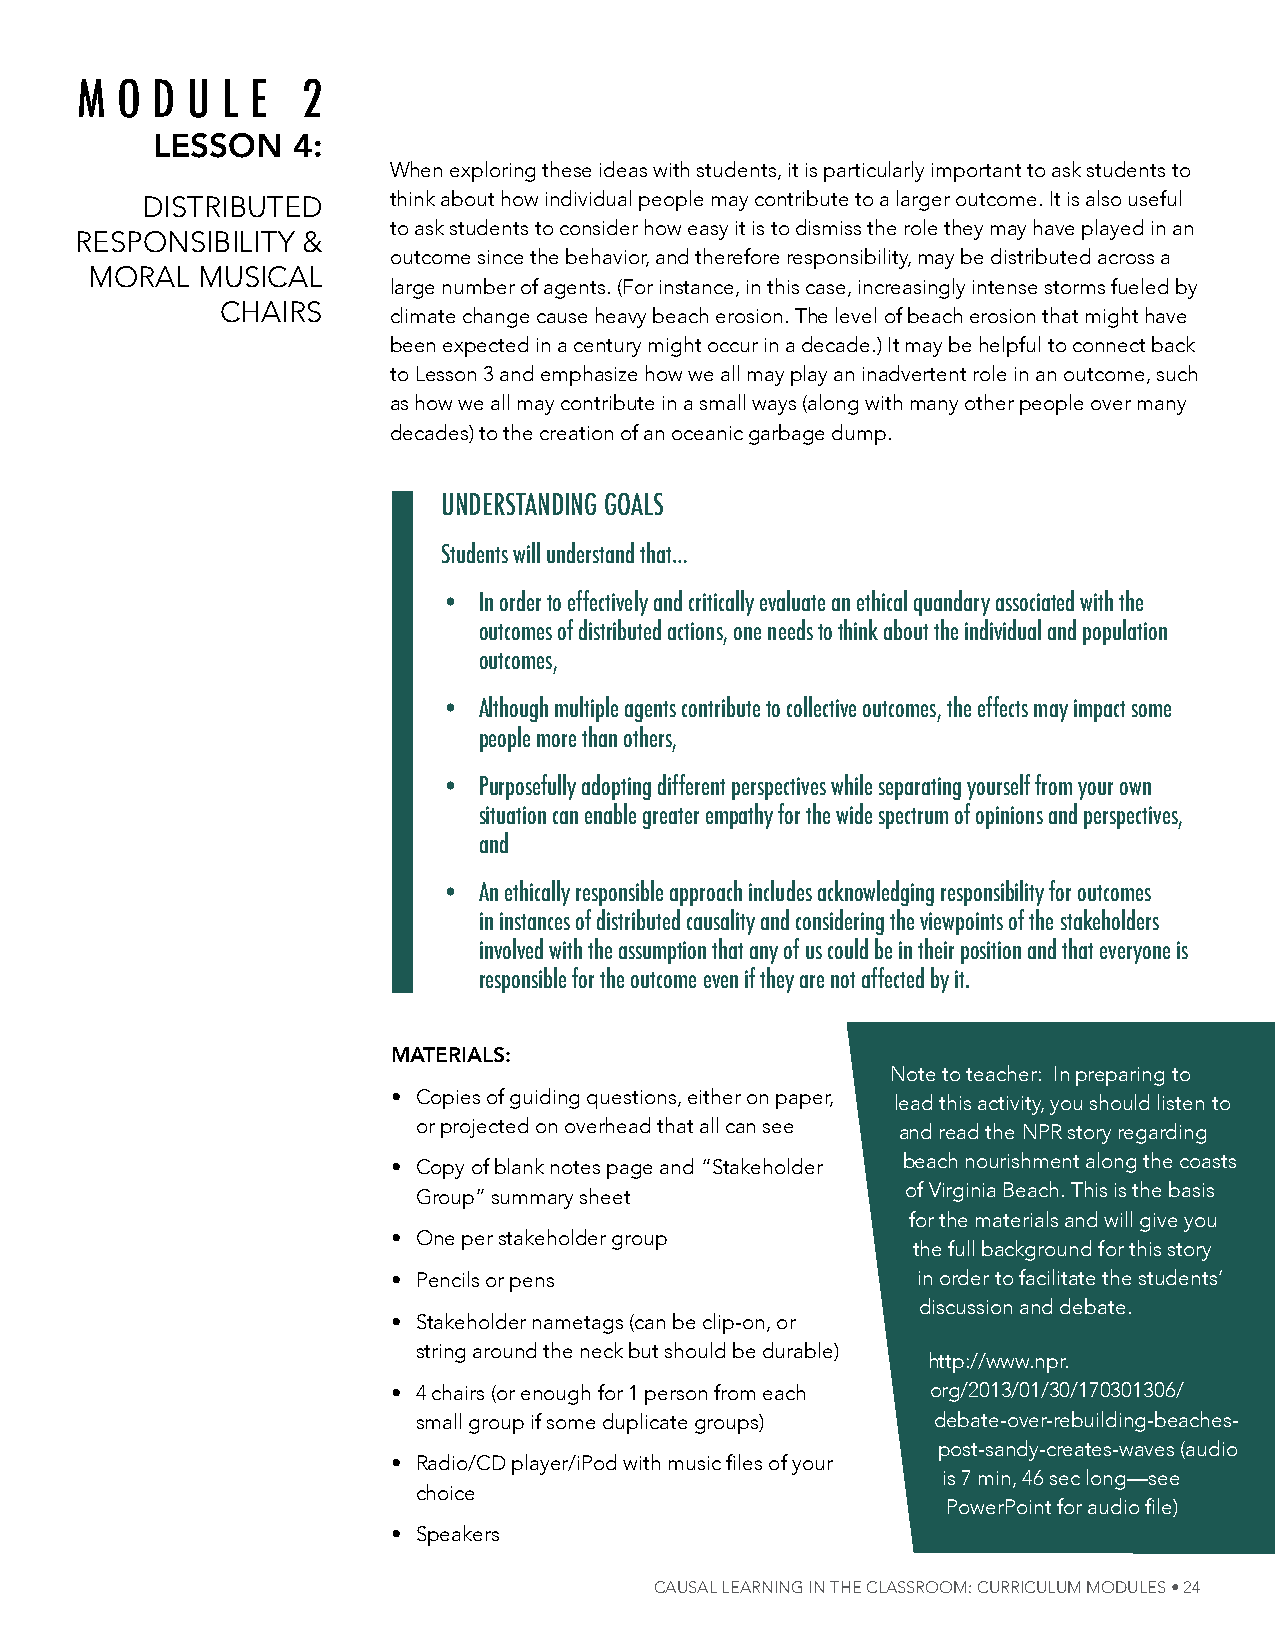
M  O D U  L E  2
 lesson   4:
 When exploring these ideas with students, it is particularly important to ask students to
 distriButed      think about how individual people may contribute to a larger outcome. it is also useful
 to ask students to consider how easy it is to dismiss the role they may have played in an
 responsiBility &
 outcome since the behavior, and therefore responsibility, may be distributed across a
 moral  musiCal
 large number of agents. (For instance, in this case, increasingly intense storms fueled by
 Chairs
 climate change cause heavy beach erosion. the level of beach erosion that might have
 been expected in a century might occur in a decade.) it may be helpful to connect back
 to lesson 3 and emphasize how we all may play an inadvertent role in an outcome, such
 as how we all may contribute in a small ways (along with many other people over many
 decades) to the creation of an oceanic garbage dump.
 UnDErstAnDing gOALs
 students will understand that…
 •  in order to effectively and critically evaluate an ethical quandary associated with the
 outcomes of distributed actions, one needs to think about the individual and population
 outcomes,
 •  Although multiple agents contribute to collective outcomes, the effects may impact some
 people more than others,
 •  purposefully adopting different perspectives while separating yourself from your own
 situation can enable greater empathy for the wide spectrum of opinions and perspectives,
 and
 •  An ethically responsible approach includes acknowledging responsibility for outcomes
 in instances of distributed causality and considering the viewpoints of the stakeholders
 involved with the assumption that any of us could be in their position and that everyone is
 responsible for the outcome even if they are not affected by it.
 mAteriAls:
 note to teacher: in preparing to
 • Copies of guiding questions, either on paper, lead this activity, you should listen to
 or projected on overhead that all can see and read the npr story regarding
 beach nourishment along the coasts
 • Copy of blank notes page and “stakeholder
 of virginia Beach. this is the basis
 group” summary sheet
 for the materials and will give you
 • one per stakeholder group
 the full background for this story
 • pencils or pens                  in order to facilitate the students’
 discussion and debate.
 • stakeholder nametags (can be clip-on, or
 string around the neck but should be durable)
 http://www.npr.
 • 4 chairs (or enough for 1 person from each org/2013/01/30/170301306/
 small group if some duplicate groups) debate-over-rebuilding-beaches-
 post-sandy-creates-waves (audio
 • Radio/CD player/iPod with music files of your
 is 7 min, 46 sec long—see
 choice
 PowerPoint for audio file)
 • speakers
 Causal learning in the Classroom: CurriCulum modules • 24